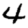
Digit: 4